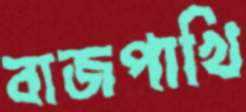
বাজপাখি